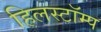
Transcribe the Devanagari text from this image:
हिलस्टॉम्प